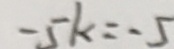
- 5 k = - 5